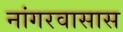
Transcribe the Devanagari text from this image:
नांगरवासास